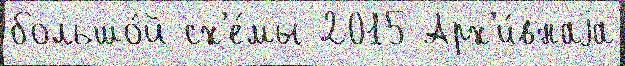
большо́й сх'е́мы 2015 Арх'и́внаjа